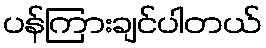
ပန်ကြားချင်ပါတယ်